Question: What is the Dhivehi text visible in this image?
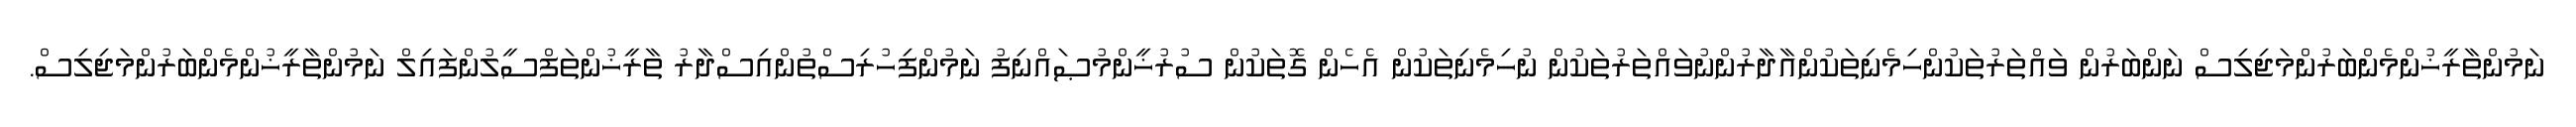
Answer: ނަމުންތާރީޚުންމެންބަރުންމަޖިލިސް ނަންބަރުން ވައްތަރުތަކުންހިމެނިތަކުންއާދާރުންނުވައްތަރުތަކުން ނުހިމެނިތަކުން އެހެން ގޮތަކުން ސުރުޚީންމުޞައްނިފު ނަމުންފިހުރިސްތުންއިސްދާރު ތާރީޚުންތަފްސީލުންފައިލް ނަމުންތާރީޚުންމެންބަރުންމަޖިލިސް.